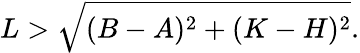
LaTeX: L>\sqrt{(B-A)^{2}+(K-H)^{2}}.